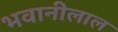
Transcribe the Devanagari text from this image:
भवानीलाल